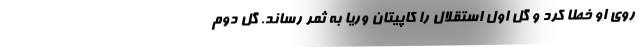
روی او خطا کرد و گل اول استقلال را کاپیتان وریا به ثمر رساند. گل دوم